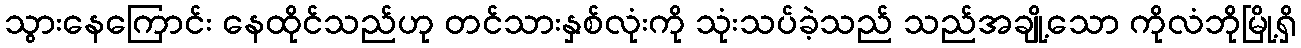
သွားနေကြောင်း နေထိုင်သည်ဟု တင်သားနှစ်လုံးကို သုံးသပ်ခဲ့သည် သည်အချို့သော ကိုလံဘိုမြို့ရှိ